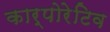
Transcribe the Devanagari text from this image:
कार्पोरेटिव